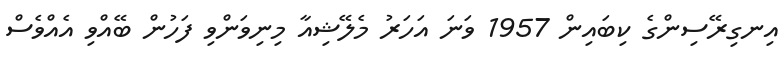
އިނގިރޭސިންގެ ކިބައިން 1957 ވަނަ އަހަރު މެލޭޝިއާ މިނިވަންވި ފަހުން ބޭއްވި އެއްވެސް